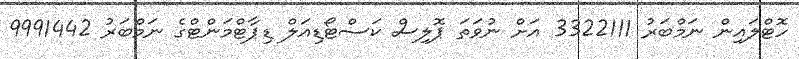
ހޮޓްލައިން ނަމްބަރު 3322111 އަށް ނުވަތަ ޕޮލިސް ކަސްޓޯޑިއަލް ޑިޕާޓްމަންޓްގެ ނަމްބަރު 9991442